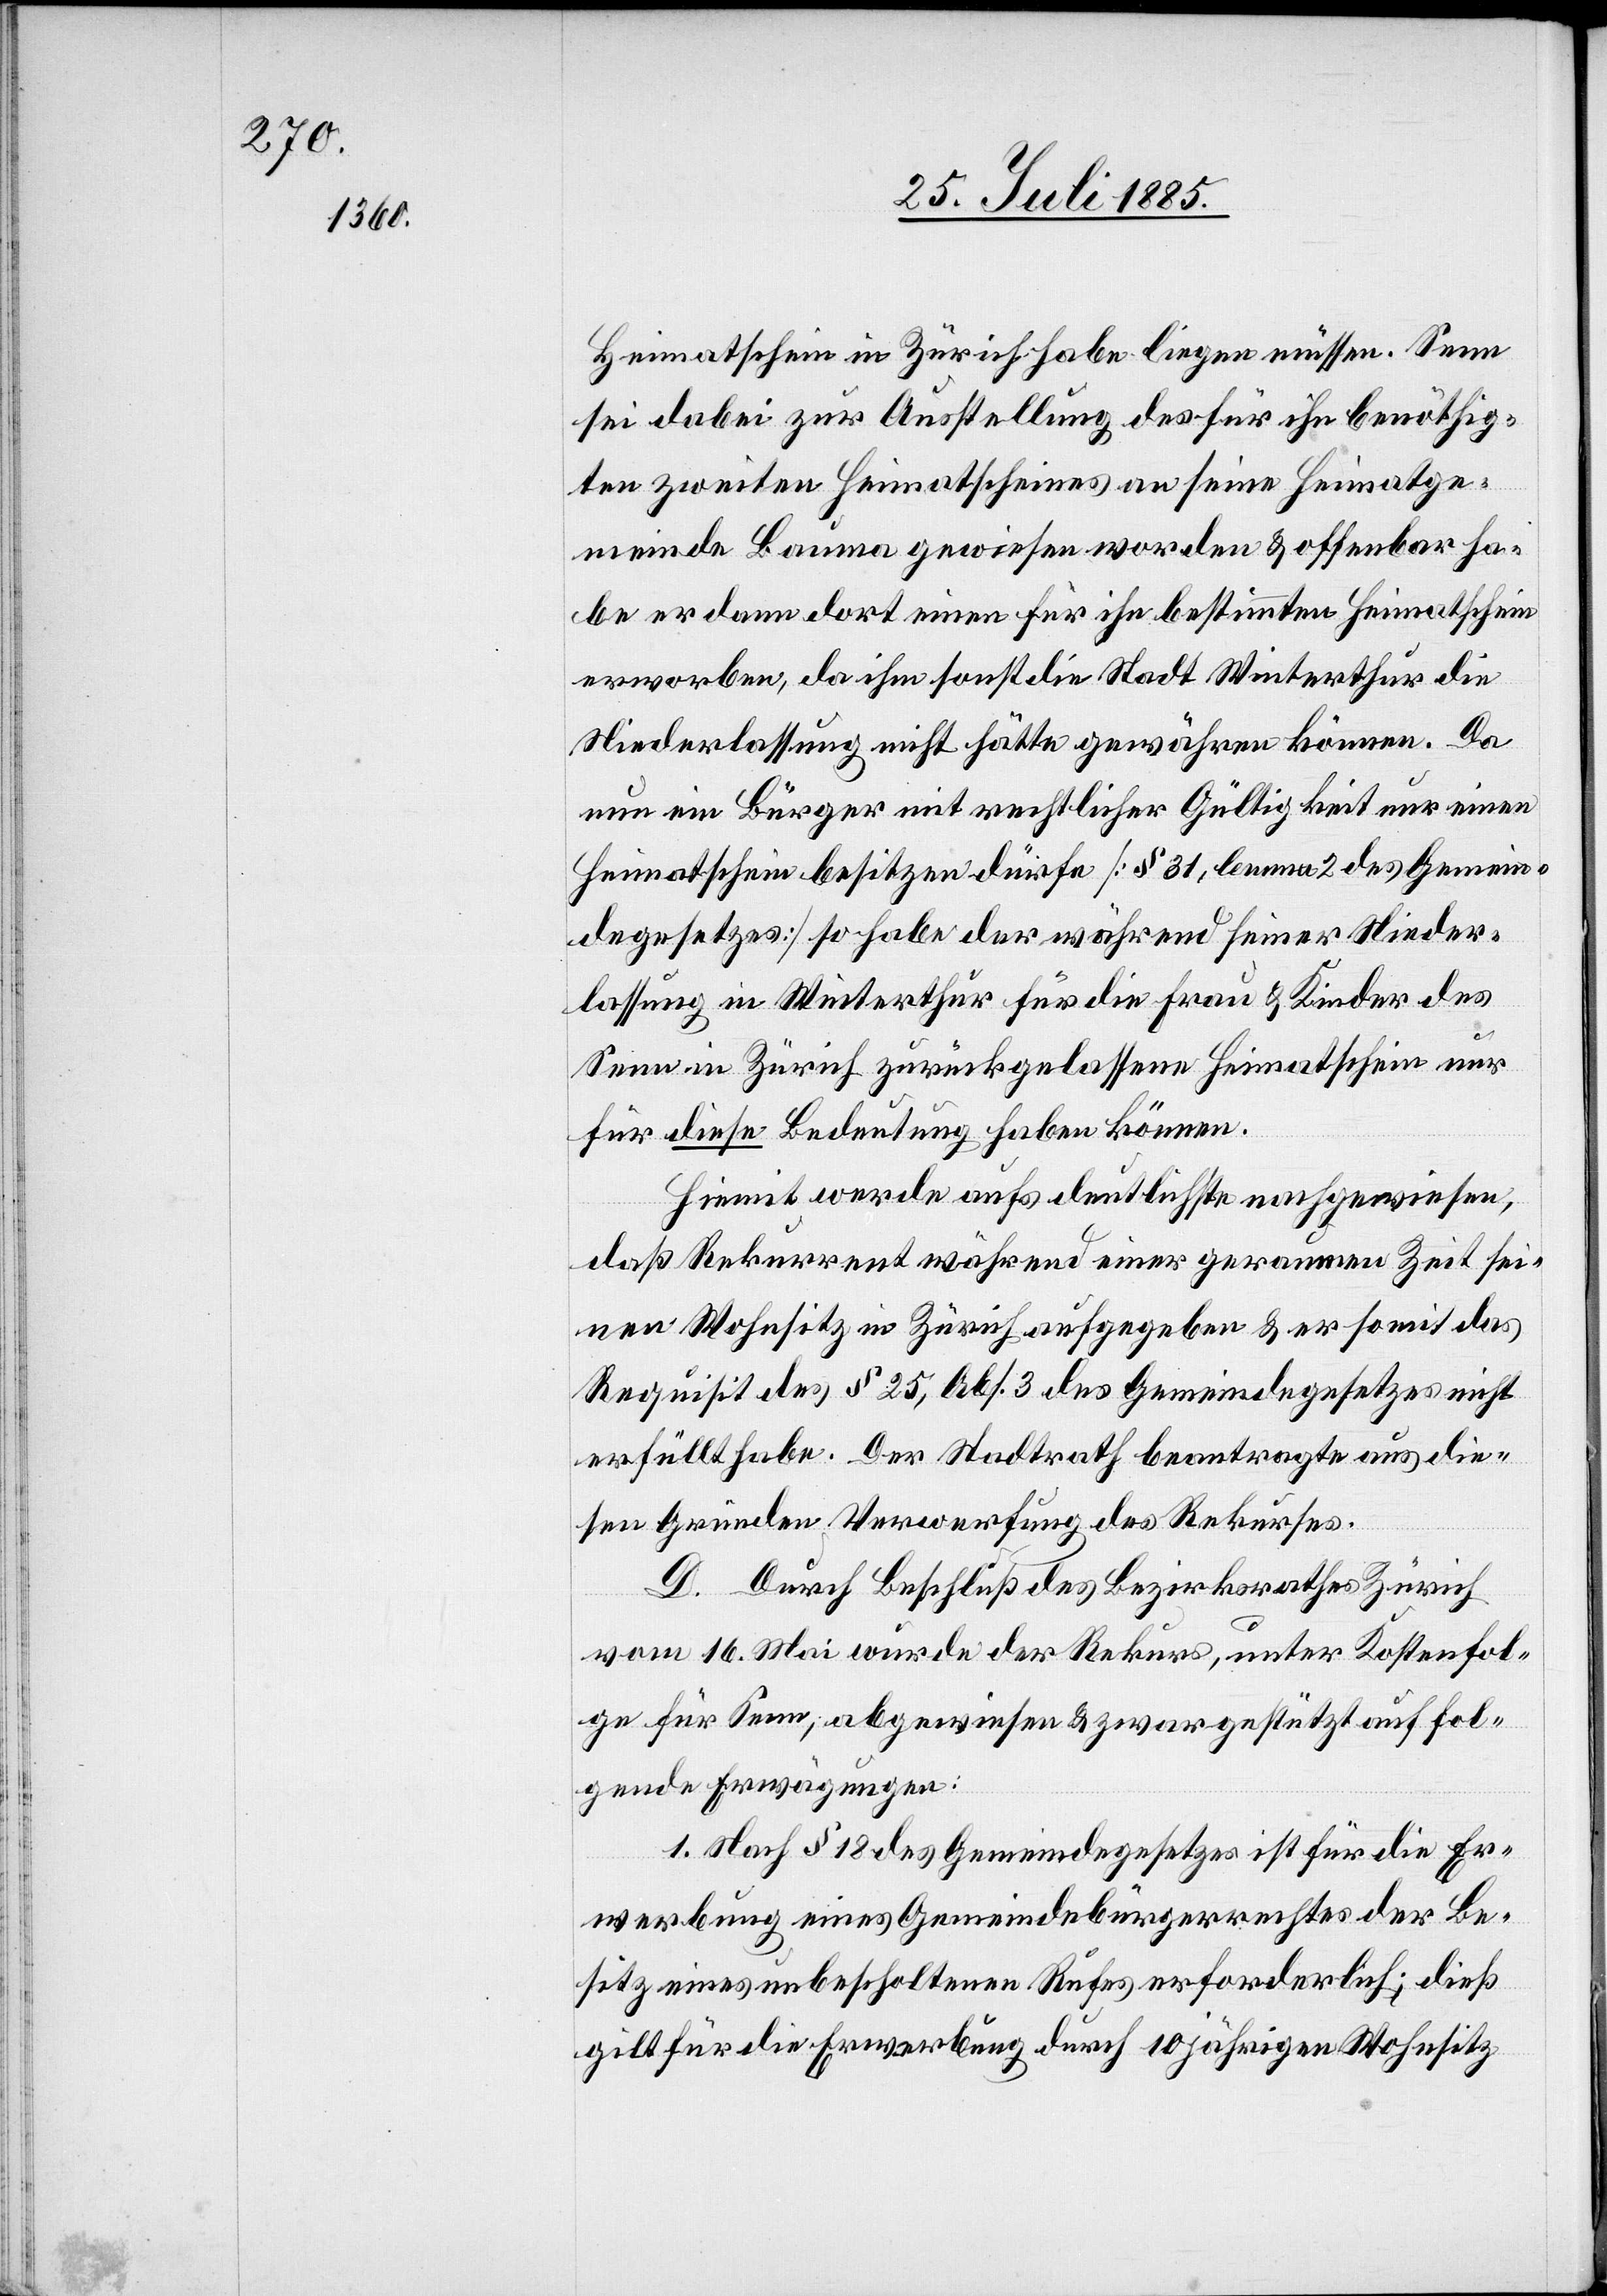
Heimatschein in Zürich habe liegen müssen. Senn
sei dabei zur Ausstellung des für ihn benöthig¬
ten zweiten Heimatscheins an seine Heimatge¬
meinde Bauma gewiesen worden & offenbar ha¬
be er dann dort einen für ihn bestimmten Heimatschein
erworben, da ihm sonst die Stadt Winterthur die
Niederlassung nicht hätte gewähren können. Da
nun ein Bürger mit rechtlicher Gültigkeit nur einen
Heimatschein besitzen dürfe [§ 31, lemma 2 des Gemein¬
degesetzes] so habe der während seiner Nieder¬
lassung in Winterthur für die Frau & Kinder des
Senn in Zürich zurückgelassene Heimatschein nur
für diese Bedeutung haben können.
Hiemit werde aufs deutlichste nachgewiesen,
daß Rekurrent während einer geraumen Zeit sei¬
nen Wohnsitz in Zürich aufgegeben & er somit das
Requisit des § 25, Abs. 3 des Gemeindegesetzes nicht
erfüllt habe. Der Stadtrath beantragte aus die¬
sen Gründen Verwerfung des Rekurses.
D. Durch Beschluß des Bezirksrathes Zürich
vom 16. Mai wurde der Rekurs, unter Kostenfol¬
ge für Senn, abgewiesen & zwar gestützt auf fol¬
gende Erwägungen:
1. Nach § 18 des Gemeindegesetzes ist für die Er¬
werbung eines Gemeindebürgerrechtes der Be¬
sitz eines unbescholtenen Rufes erforderlich; dieß
gilt für die Erwerbung durch 10jährigen Wohnsitz